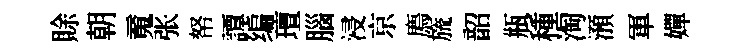
賖朝䰟张帑譚编璮腦浸京廌旒韶瓶種淘澦軍嬋